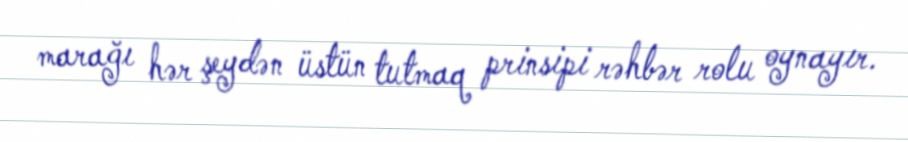
marağı hər şeydən üstün tutmaq prinsipi rəhbər rolu oynayır.